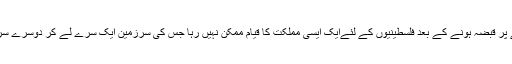
ان بستیوں سے علاقے پر قبضہ ہونے کے بعد فلسطینیوں کے لئےایک ایسی مملکت کا قیام ممکن نہیں رہا جس کی سرزمین ایک سرے لے کر دوسرے سرے سے ملی ہوئی ہو۔